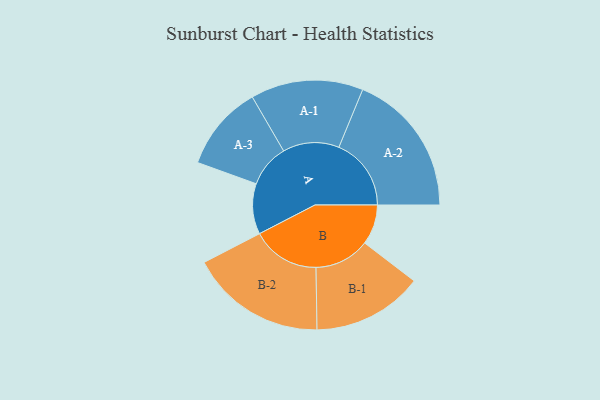
{"axis": {"x": "Segment", "y": "Value"}, "legend": ["", "A", "B"], "data": [{"x": "A", "y": 202, "type": ""}, {"x": "B", "y": 160, "type": ""}, {"x": "A-1", "y": 225, "type": "A"}, {"x": "A-2", "y": 289, "type": "A"}, {"x": "A-3", "y": 171, "type": "A"}, {"x": "B-1", "y": 221, "type": "B"}, {"x": "B-2", "y": 272, "type": "B"}]}